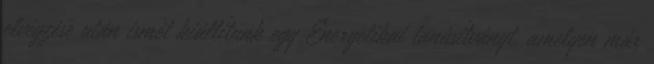
elvégzése után ismét kiállítunk egy Energetikai tanúsítványt, amelyen már